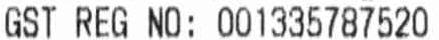
GST REG NO: 001335787520